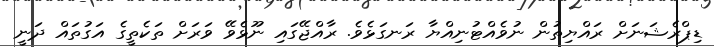
ޑިޕްރެޝަނަށް ރައްޔިތުން ނުވެއްޓުނިއްޔާ ރަނގަޅެވެ. ރާއްޖޭގައި ނޫޅެވޭ ވަރަށް ތަކެތީގެ އަގުތައް ދަނީ